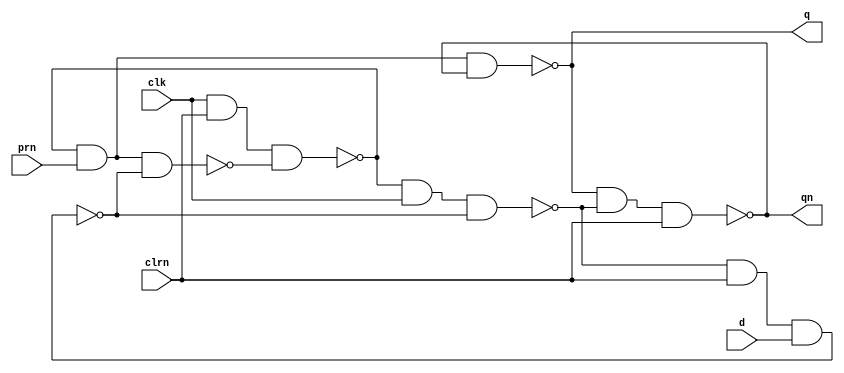
/************************************************
  The Verilog HDL code example is from the book
  Computer Principles and Design in Verilog HDL
  by Yamin Li, published by A JOHN WILEY & SONS
************************************************/
module d_ff (prn, clk, d, clrn, q, qn);      // dff generated from schematic
   input  prn, clk, d, clrn;        // prn: preset; clrn: clear (active low)
   output q, qn;                    // outputs q, qn
   wire   wire_0, wire_1;           // internal wire, see figure ch02_fig21
   wire   wire_2, wire_3;           // internal wire, see figure ch02_fig21
   assign wire_0 = ~(wire_1 & prn    & wire_2);              // 3-input nand
   assign wire_1 = ~(clk    & clrn   & wire_0);              // 3-input nand
   assign wire_2 = ~(wire_3 & clrn   & d);                   // 3-input nand
   assign wire_3 = ~(wire_1 & clk    & wire_2);              // 3-input nand
   assign q      = ~(prn    & wire_1 & qn);                  // 3-input nand
   assign qn     = ~(q      & wire_3 & clrn);                // 3-input nand
endmodule